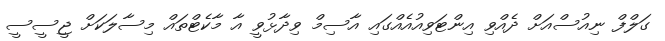
ގަލްފް ނިއުސްއަށް ދެއްވި އިންޓަވިއުއެއްގައި އާސިމް ވިދާޅުވީ އާ މާކެޓްތައް މިސާލަކަށް ޖީސީސީ